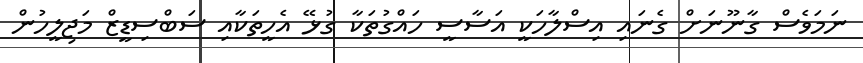
ނަމަވެސް ގާނޫނަށް ގެނައި އިސްލާހަކީ އަސާސީ ހައްގުތަކާ ގުޅޭ އެހީތަކާއި ސަބްސިޑީޒް މަޖިލީހުން